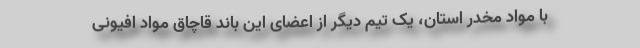
با مواد مخدر استان، یک تیم دیگر از اعضای این باند قاچاق مواد افیونی